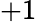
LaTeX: +1